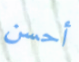
أحسن